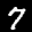
Label: 7